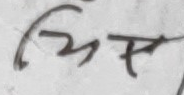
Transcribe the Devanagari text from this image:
धिप